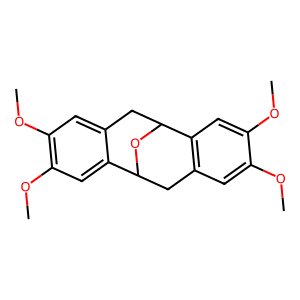
SMILES: COc1cc2c(cc1OC)C1Cc3cc(OC)c(OC)cc3C(C2)O1
Inhibits HIV replication: No